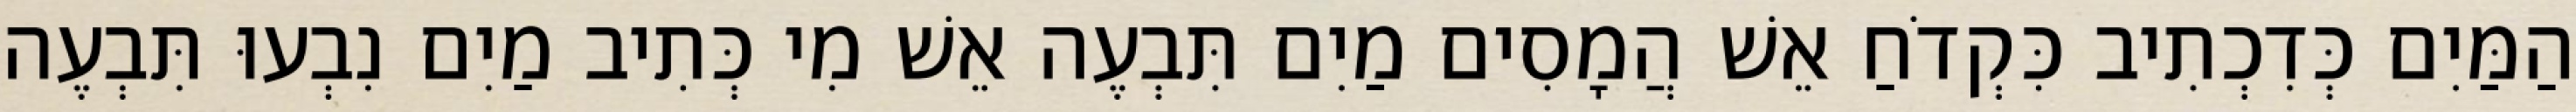
הַמַּיִם כְּדִכְתִיב כִּקְדֹחַ אֵשׁ הֲמָסִים מַיִם תִּבְעֶה אֵשׁ מִי כְּתִיב מַיִם נִבְעוּ תִּבְעֶה